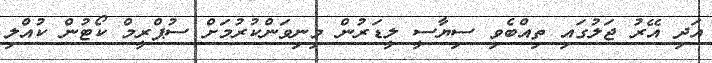
އަދި އޭރު ޖަލުގައި ތިއްބެވި ސިޔާސީ ލީޑަރުން މިނިވަންކުރުމަށް ސުޕްރީމް ކޯޓުން ކުއްލި